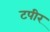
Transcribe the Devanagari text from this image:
टपीर